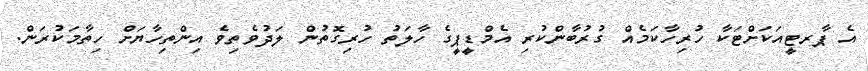
އެ ޕާރޓީއަކަށްޓަކާ ހުރިހާކަމެއް ގުރުބާންކުރި އެމްޑީޕީގެ ހާލަތު ހުރިގޮތުން ލަދުވެތިވެ އިންތިހާޔަށް ހިތާމަކުރަން.